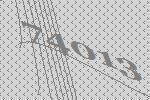
74013